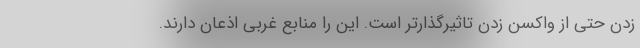
زدن حتی از واکسن زدن تاثیرگذارتر است. این را منابع غربی اذعان دارند.